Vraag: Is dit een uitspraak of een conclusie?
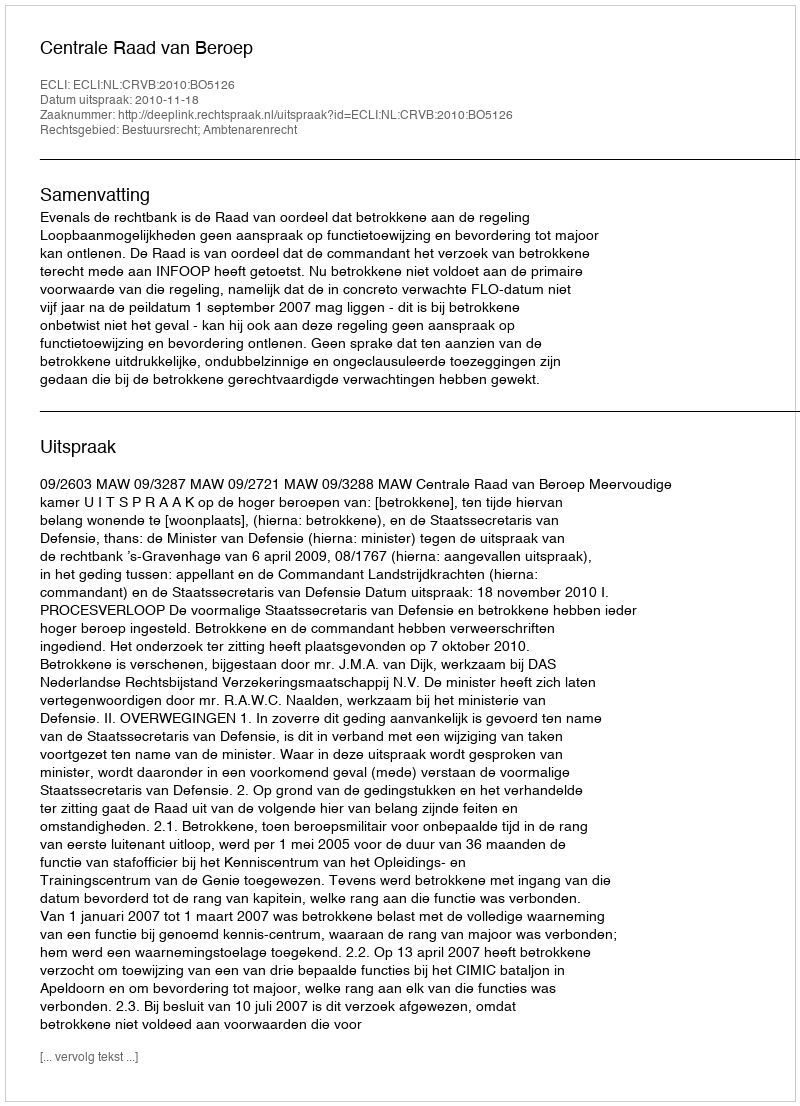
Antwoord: Uitspraak